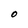
Character: O